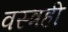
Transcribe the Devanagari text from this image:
वस्त्रही